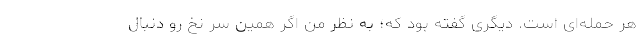
هر حمله‌ای است. دیگری گفته بود که؛ به نظر من اگر همین سر نخ رو دنبال